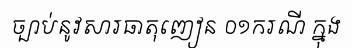
ច្បាប់នូវសារធាតុញៀន ០១ករណី ក្នុង